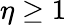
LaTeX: \eta\geq 1